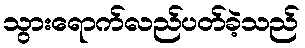
သွားရောက်လည်ပတ်ခဲ့သည်